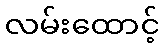
လမ်းထောင့်